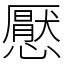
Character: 懕